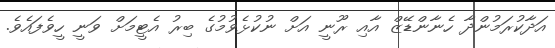
އަދާކުރަމުންދާ ހެނާންޑޭޒް އާއި ރޫނީ އަށް ނުކުޅެވުމުގެ ބިރު އެޓީމަށް ވަނީ ހީވެފައެވެ.